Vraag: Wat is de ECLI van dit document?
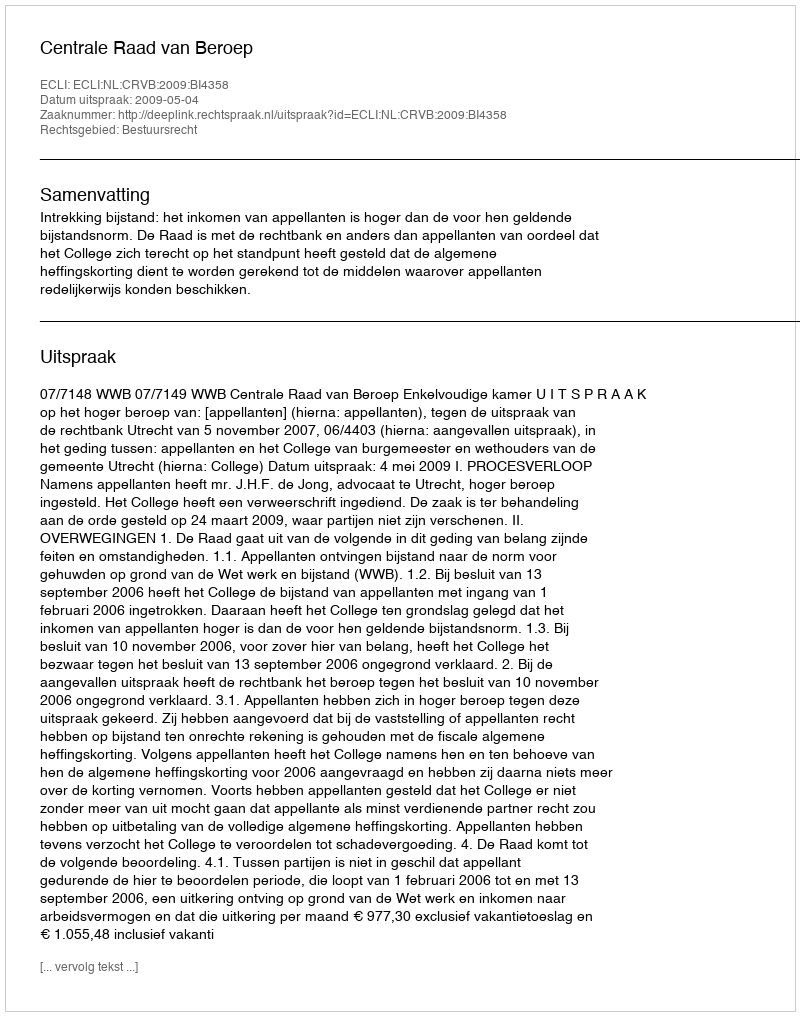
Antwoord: ECLI:NL:CRVB:2009:BI4358